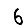
Digit: 6